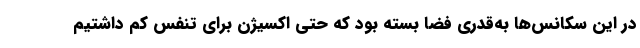
در این سکانس‌ها به‌قدری فضا بسته بود که حتی اکسیژن برای تنفس کم داشتیم